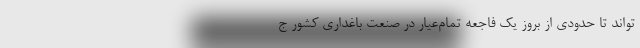
‌تواند تا حدودی از بروز یک فاجعه تمام‌عیار در صنعت باغداری کشور ج